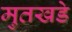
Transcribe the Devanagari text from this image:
मुतखडे